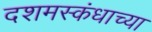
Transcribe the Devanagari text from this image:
दशमस्कंधाच्या